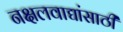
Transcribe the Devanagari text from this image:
नक्षलवाद्यांसाठी